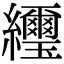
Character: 䌳